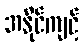
အနိုင်ကျင့်